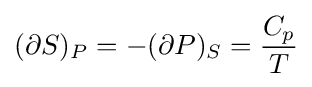
(\partial S)_{P}=-(\partial P)_{S}={\frac {C_{p}}{T}}